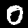
Digit: 0